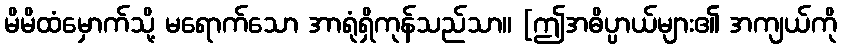
မိမိထံမှောက်သို့ မရောက်သော အာရုံရှိကုန်သည်သာ။ [ဤအဓိပ္ပာယ်များ၏ အကျယ်ကို